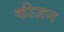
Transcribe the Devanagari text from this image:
कीजन